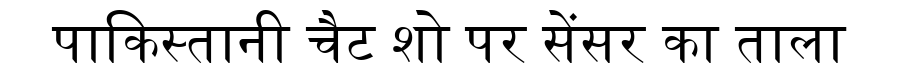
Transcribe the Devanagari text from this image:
पाकिस्तानी चैट शो पर सेंसर का ताला